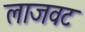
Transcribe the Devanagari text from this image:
लाजवट